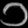
Digit: ၁